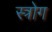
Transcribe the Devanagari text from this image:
स्त्रोग